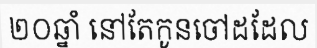
២០ឆ្នាំ នៅតែកូនចៅដដែល